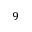
9